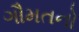
ગૌમતનો